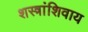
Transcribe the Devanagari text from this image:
शस्त्रांशिवाय